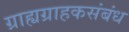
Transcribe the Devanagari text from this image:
ग्राह्यग्राहकसंबंध